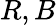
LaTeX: R,B